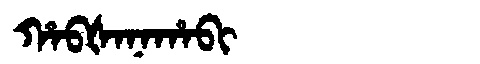
Manchu: ᡥᠠᠪᡧᠠᠨᠠᡥᠠᠪᡳ
Romanization: HABŠANAHABI